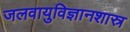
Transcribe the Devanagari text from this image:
जलवायुविज्ञानशास्र